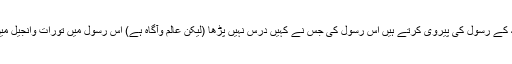
اولئک هم المفلحون یعنی وہ لوگ جوالله کے رسول کی پیروی کرتے ہیں اس رسول کی جس نے کہیں درس نہیں پڑھا (لیکن عالم وآگاہ ہے) اس رسول میں تورات وانجیل میں بیان کی گئی نشانیوں کو پاتے ہیں ۔